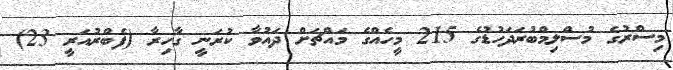
މިސްރުގެ މުސްލިމްބުރަދަހުޑުގެ 215 މީހެއްގެ މައްޗަށް ދައުވާ ކުރަނީ ގާހިރާ (ފެބްރުއަރީ 23)